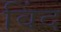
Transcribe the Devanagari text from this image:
विंद